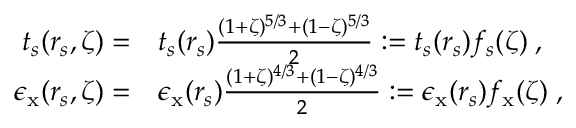
\begin{array} { r l } { t _ { s } ( r _ { s } , \zeta ) = } & { t _ { s } ( r _ { s } ) \frac { ( 1 + \zeta ) ^ { 5 / 3 } + ( 1 - \zeta ) ^ { 5 / 3 } } { 2 } : = t _ { s } ( r _ { s } ) f _ { s } ( \zeta ) \; , } \\ { \epsilon _ { \mathrm { x } } ( r _ { s } , \zeta ) = } & { \epsilon _ { \mathrm { x } } ( r _ { s } ) \frac { ( 1 + \zeta ) ^ { 4 / 3 } + ( 1 - \zeta ) ^ { 4 / 3 } } { 2 } : = \epsilon _ { \mathrm { x } } ( r _ { s } ) f _ { \mathrm { x } } ( \zeta ) \; , } \end{array}